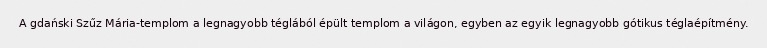
A gdański Szűz Mária-templom a legnagyobb téglából épült templom a világon, egyben az egyik legnagyobb gótikus téglaépítmény.